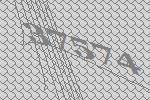
37574